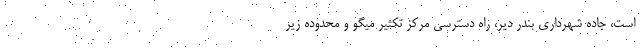
است، جاده شهرداری بندر دیر، راه دسترسی مرکز تکثیر میگو و محدوده زیر